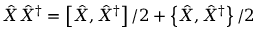
\hat { X } \hat { X } ^ { \dagger } = \left[ \hat { X } , \hat { X } ^ { \dagger } \right] / 2 + \left\{ \hat { X } , \hat { X } ^ { \dagger } \right\} / 2